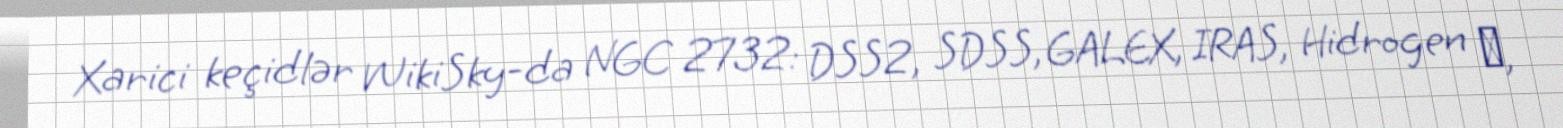
Xarici keçidlər WikiSky-da NGC 2732: DSS2, SDSS, GALEX, IRAS, Hidrogen α,